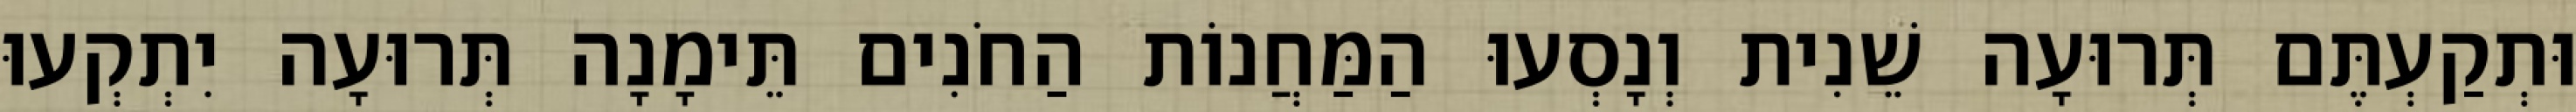
וּתְקַעְתֶּם תְּרוּעָה שֵׁנִית וְנָסְעוּ הַמַּחֲנוֹת הַחֹנִים תֵּימָנָה תְּרוּעָה יִתְקְעוּ